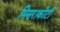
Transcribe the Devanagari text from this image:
मिसराकोटी